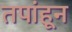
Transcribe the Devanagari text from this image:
तपांहून